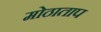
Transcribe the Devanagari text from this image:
मोठाताप